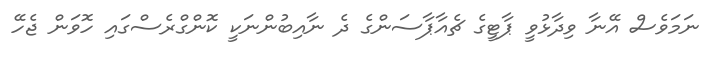
ނަމަވެސް އޭނާ ވިދާޅުވީ ޕާޓީގެ ޗެއާޕާސަންގެ ދެ ނާއިބުންނަކީ ކޮންގްރެސްގައި ހޮވަން ޖެހޭ